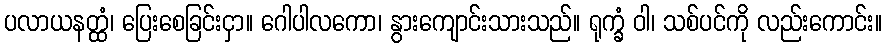
ပလာယနတ္ထံ၊ ပြေးစေခြင်းငှာ။ ဂေါပါလကော၊ နွားကျောင်းသားသည်။ ရုက္ခံ ဝါ၊ သစ်ပင်ကို လည်းကောင်း။